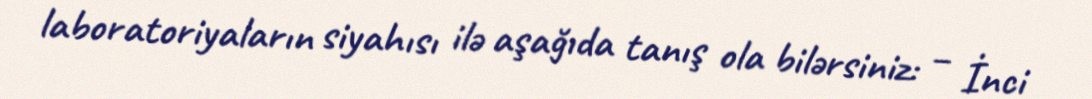
laboratoriyaların siyahısı ilə aşağıda tanış ola bilərsiniz: – İnci